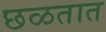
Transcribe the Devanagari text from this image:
छळतात